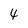
Character: 4